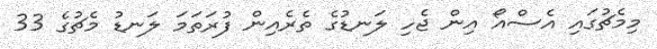
މިމެޗުގައި އެސްއޯ އިން ޖެހި ލަނޑުގެ ތެރެއިން ފުރަތަމަ ލަނޑު މެޗުގެ 33